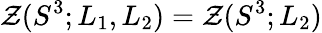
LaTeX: {\cal Z}(S^{3};L_{1},L_{2})={\cal Z}(S^{3};L_{2})